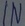
Text: IN